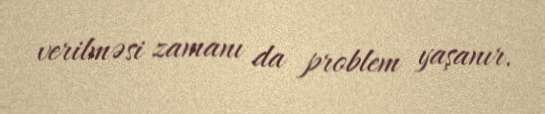
verilməsi zamanı da problem yaşanır.